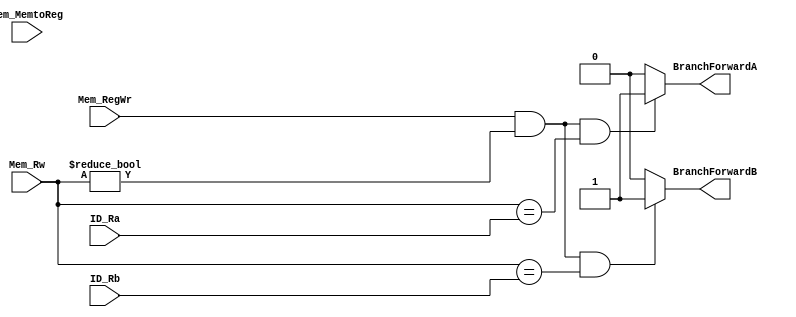
module BranchForwardingUnit(ID_Ra, ID_Rb, Mem_Rw, Mem_RegWr, Mem_MemtoReg, BranchForwardA, BranchForwardB);

	input[4:0] ID_Ra, ID_Rb, Mem_Rw;
	input Mem_MemtoReg, Mem_RegWr;

	output reg BranchForwardA, BranchForwardB;

	initial begin
		BranchForwardA = 0;
		BranchForwardB = 0;
	end

	always @(*) begin
		if (Mem_RegWr == 1 && Mem_Rw != 0 && Mem_Rw == ID_Ra)
			 BranchForwardA <= 1; 
		else 
			 BranchForwardA <= 0;
		if (Mem_RegWr == 1 && Mem_Rw != 0 && Mem_Rw == ID_Rb)
			 BranchForwardB <= 1; 
		else 
		     BranchForwardB <= 0;
	end
	
endmodule